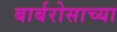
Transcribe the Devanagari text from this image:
बार्बरोसाच्या